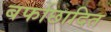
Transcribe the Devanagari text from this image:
बर्फाछादित